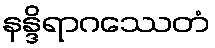
နန္ဒိရာဂဿေတံ